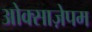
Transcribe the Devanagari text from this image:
ओक्साज़ेपम